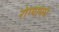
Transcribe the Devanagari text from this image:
रोग्यामधे